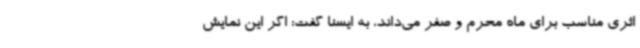
اثری مناسب برای ماه محرم و صفر می‌داند، به ایسنا گفت: اگر این نمایش